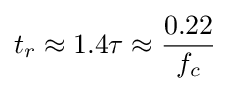
t_{r}\approx 1.4\tau \approx {\frac {0.22}{f_{c}}}